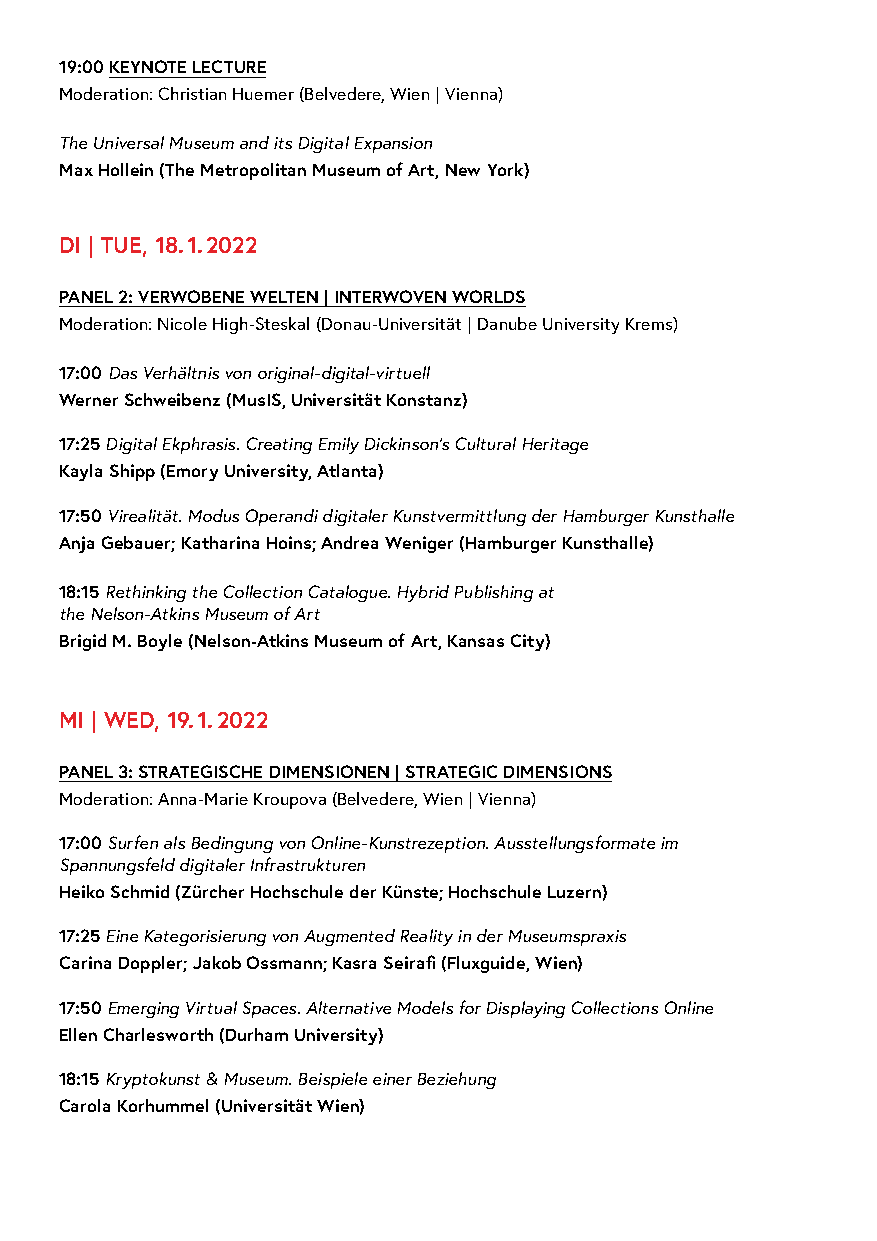
19:00 KEYNOTE LECTURE
 Moderation: Christian Huemer (Belvedere, Wien | Vienna)
 The Universal Museum and its Digital Expansion
 Max Hollein (The Metropolitan Museum of Art, New York)
 DI | TUE, 18. 1. 2022
 PANEL 2: VERWOBENE WELTEN | INTERWOVEN WORLDS
 Moderation: Nicole High-Steskal (Donau-Universität | Danube University Krems)
 17:00 Das Verhältnis von original-digital-virtuell
 Werner Schweibenz (MusIS, Universität Konstanz)
 17:25 Digital Ekphrasis. Creating Emily Dickinson’s Cultural Heritage
 Kayla Shipp (Emory University, Atlanta)
 17:50 Virealität. Modus Operandi digitaler Kunstvermittlung der Hamburger Kunsthalle
 Anja Gebauer; Katharina Hoins; Andrea Weniger (Hamburger Kunsthalle)
 18:15 Rethinking the Collection Catalogue. Hybrid Publishing at
 the Nelson-Atkins Museum of Art
 Brigid M. Boyle (Nelson-Atkins Museum of Art, Kansas City)
 MI | WED, 19. 1. 2022
 PANEL 3: STRATEGISCHE DIMENSIONEN | STRATEGIC DIMENSIONS
 Moderation: Anna-Marie Kroupova (Belvedere, Wien | Vienna)
 17:00 Surfen als Bedingung von Online-Kunstrezeption. Ausstellungsformate im
 Spannungsfeld digitaler Infrastrukturen
 Heiko Schmid (Zürcher Hochschule der Künste; Hochschule Luzern)
 17:25 Eine Kategorisierung von Augmented Reality in der Museumspraxis
 Carina Doppler; Jakob Ossmann; Kasra Seirafi (Fluxguide, Wien)
 17:50 Emerging Virtual Spaces. Alternative Models for Displaying Collections Online
 Ellen Charlesworth (Durham University)
 18:15 Kryptokunst & Museum. Beispiele einer Beziehung
 Carola Korhummel (Universität Wien)